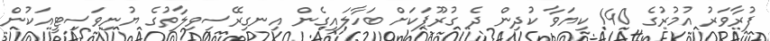
ފުރާވަރު އުމުރުގެ 140 ކިޔަވާ ކުދިން ދެ ގުރޫޕަކަށް ބަހާލައިގެން އިނގިރޭސިވިލާތުގެ ޔުނިވަސިޓީއަކުން